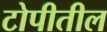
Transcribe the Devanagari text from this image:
टोपीतील